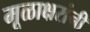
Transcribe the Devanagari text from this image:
मूळाक्षरांनी